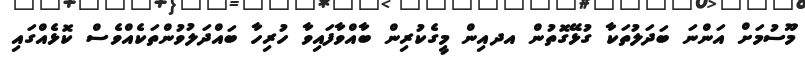
މޫސުމަށް އަންނަ ބަދަލުތަކާ ގުޅޭގޮތުން އދއިން މީގެކުރިން ބާއްވާފައިވާ ހުރިހާ ބައްދަލުވުންތަކެއްވެސް ކޮޅެއްގައި